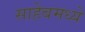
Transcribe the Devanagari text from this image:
साहेबमध्ये